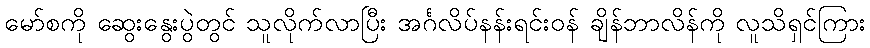
မော်စကို ဆွေးနွေးပွဲတွင် သူလိုက်လာပြီး အင်္ဂလိပ်နန်းရင်းဝန် ချိန်ဘာလိန်ကို လူသိရှင်ကြား